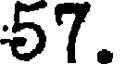
57.